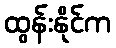
ထွန်းနိုင်က